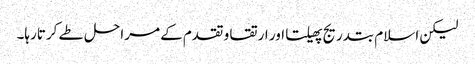
لیکن اسلام بتدریج پھیلتا اور ارتقا و تقدم کے مراحل طے کرتارہا۔